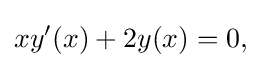
xy'(x)+2y(x)=0,\,\!